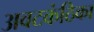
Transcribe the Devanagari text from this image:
अवटकंठिका